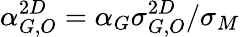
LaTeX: \alpha_{G,O}^{2D}=\alpha_{G}\sigma_{G,O}^{2D}/\sigma_{M}